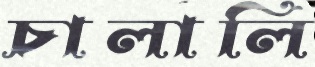
চালালি